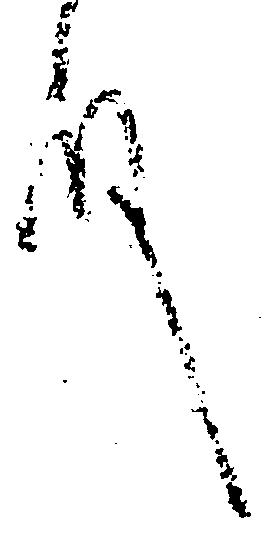
殿